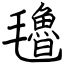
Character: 氌